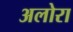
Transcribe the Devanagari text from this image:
अलोरा